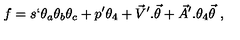
f = s ` \theta _ { a } \theta _ { b } \theta _ { c } + p ^ { \prime } \theta _ { 4 } + { \vec { V } } ^ { \prime } . { \vec { \theta } } + { \vec { A } } ^ { \prime } . \theta _ { 4 } { \vec { \theta } } \ ,